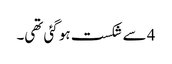
4 سے شکست ہو گئی تھی۔